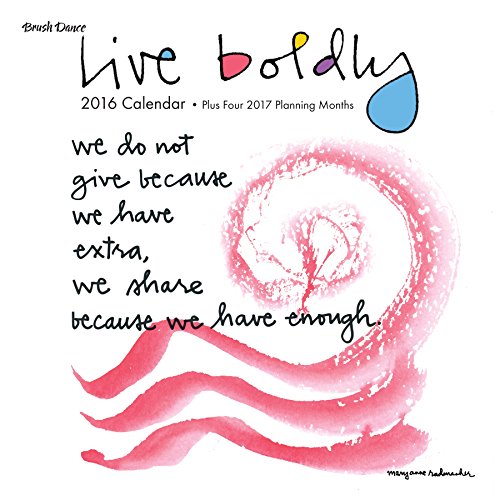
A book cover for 2016 Live Boldly Wall Calendar; Brush Dance and Mary Anne Radmacher; Calendars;